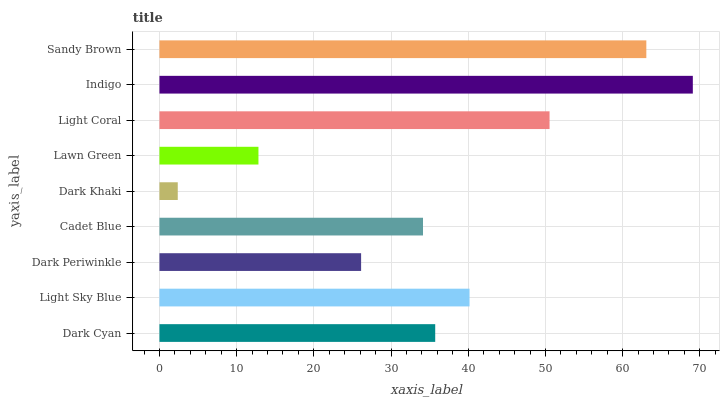
| yaxis_label | bars |
 | --- | --- |
 | Dark Cyan | 35.7 |
 | Light Sky Blue | 40.2 |
 | Dark Periwinkle | 26.1 |
 | Cadet Blue | 34.1 |
 | Dark Khaki | 2.37 |
 | Lawn Green | 12.8 |
 | Light Coral | 50.5 |
 | Indigo | 69.1 |
 | Sandy Brown | 63.1 |